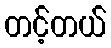
တင့်တယ်